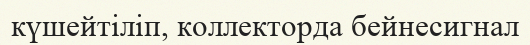
күшейтіліп, коллекторда бейнесигнал